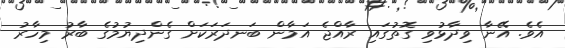
އެވެ. އޭނާ ވިދާޅުވި ގޮތުގައި ރާއްޖެ އަމާން ބަނދަރަކަށް ގެންދިޔުމުގެ ބާރު މިހާާރު